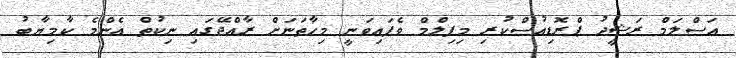
އަސްލަމް ރަޝީދު ޕްރޮޑިއުސްކުރި މިފިލްމް ވެފައިވަނީ މިހާތަނަށް ރާއްޖޭގައި ނިކުތް އެންމެ ކާމިޔާބު